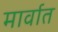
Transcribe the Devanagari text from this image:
मार्वात